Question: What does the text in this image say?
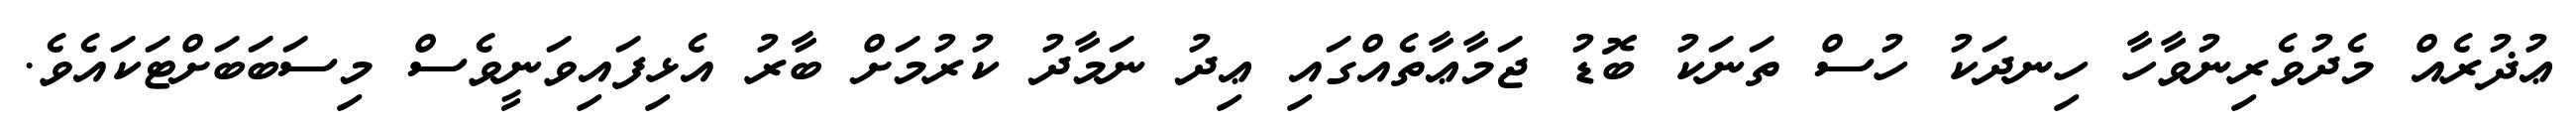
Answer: ޢުޛުރެއް މެދުވެރިނުވާހާ ހިނދަކު ހުސް ތަނަކު ބޮޑު ޖަމާޢާތެއްގައި ޢިދު ނަމާދު ކުރުމަށް ބާރު އެޅިފައިވަނީވެސް މިސަބަބަށްޓަކައެވެ.